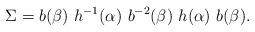
LaTeX: \begin{align*}\Sigma = b(\beta) \ h^{-1}(\alpha) \ b^{-2}(\beta) \ h(\alpha) \ b(\beta).\end{align*}